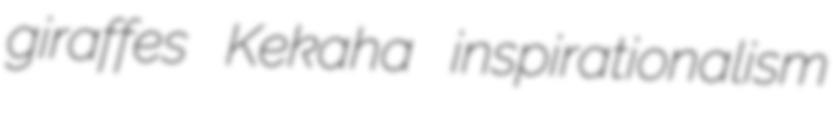
giraffes Kekaha inspirationalism